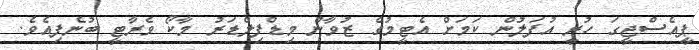
ޕީއެސްޖީގަ ހުރީ އުފަލުން ކަމަށް އެޓީމުގެ ޒުވާން މިޑްފިލްޑަރު މާކޯ ވެރާޓީ ބުނެފިއެވެ.